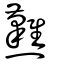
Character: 㸐